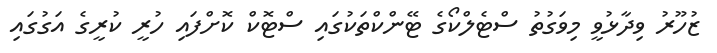
ޒުހޫރު ވިދާޅުވީ މިވަގުތު ސްޓެލްކޯގެ ޓޭންކްތަކުގައި ސްޓޮކް ކޮށްފައި ހުރީ ކުރީގެ އަގުގައި